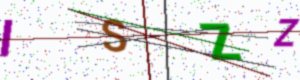
Text: ISZZ